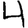
Digit: 4